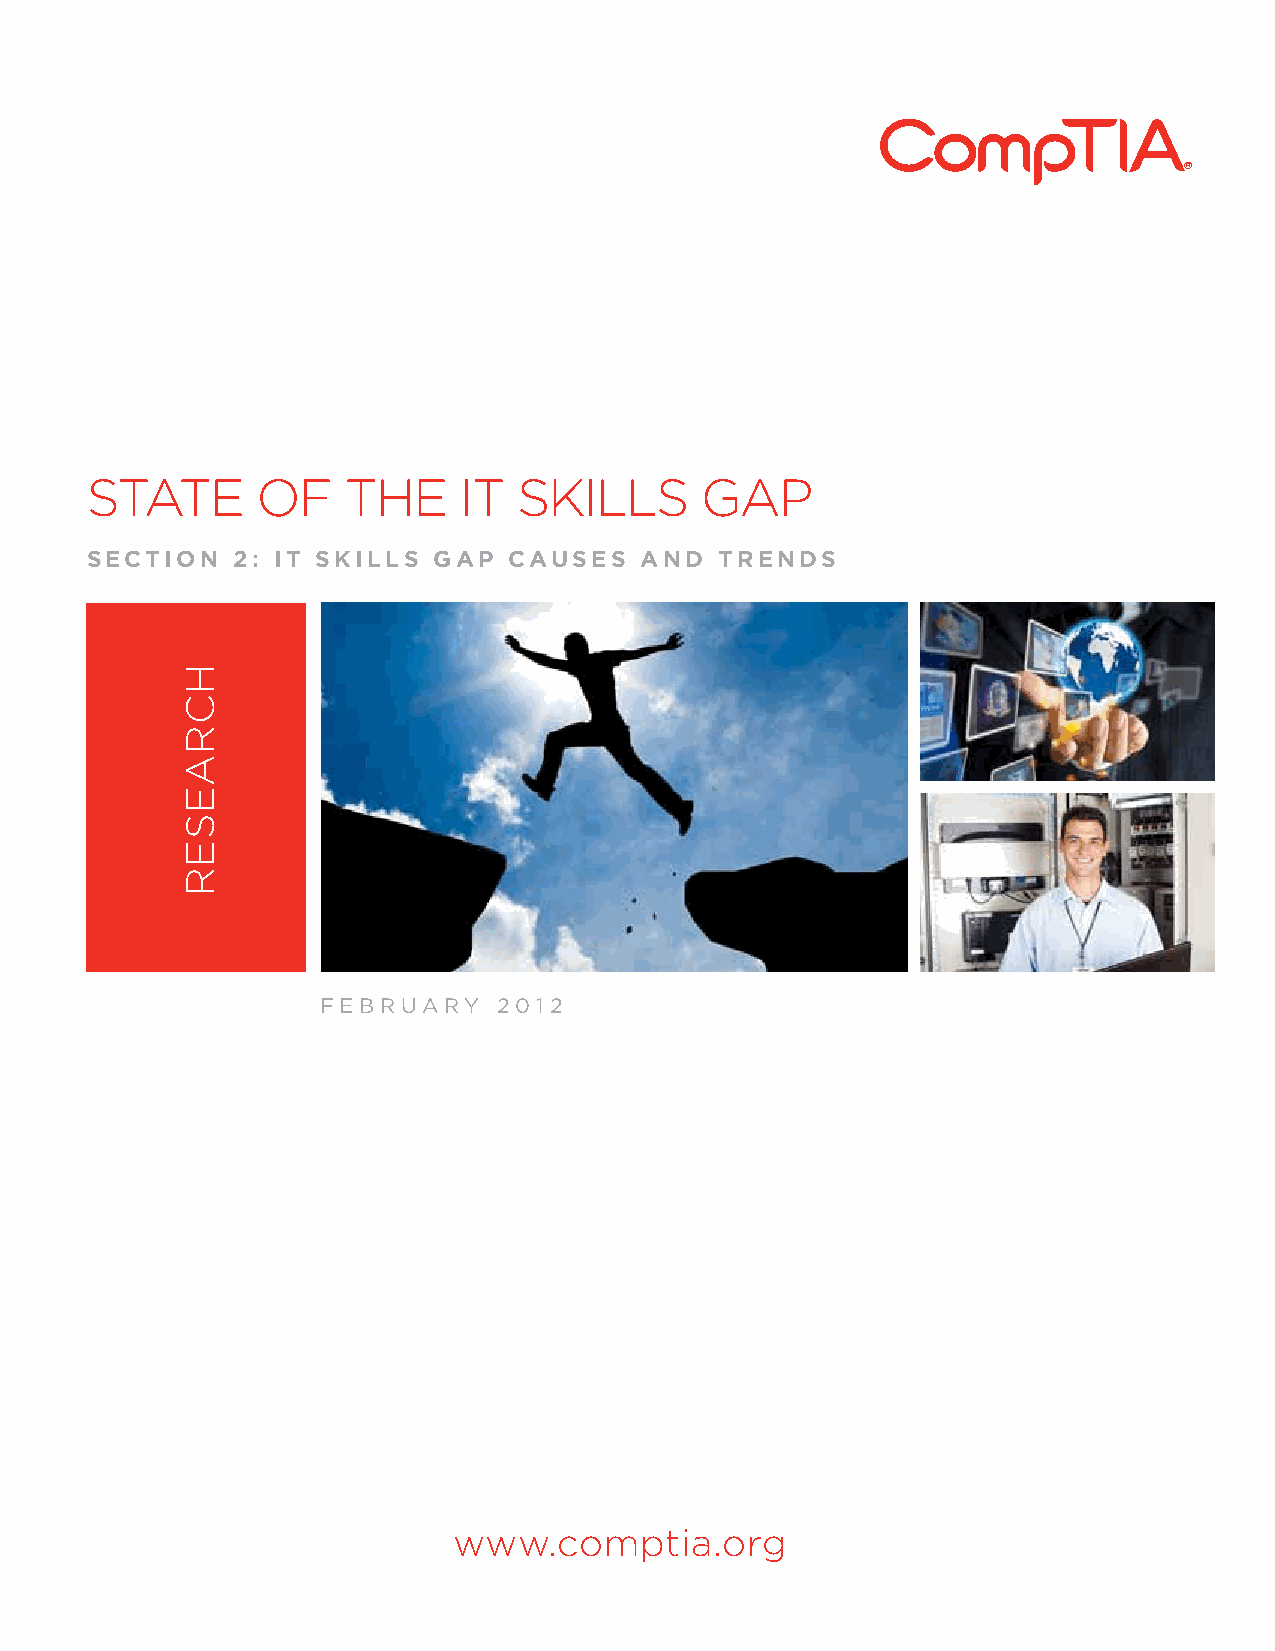
STATE      OF    THE    IT  SKILLS      GAP
 SECTION  2: IT SKILLS  GAP  CAUSES  AND   TRENDS
 FEBRUARY    2012
 www.comptia.org
 HCRAESER